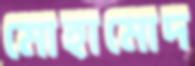
মোহামোদ